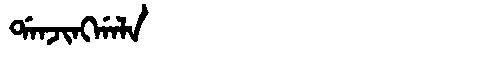
Manchu: ᡩᠠᠨᠵᡳᠩᡤᠠᠯᠠ
Romanization: DANJINGGALA